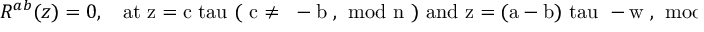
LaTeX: { \cal R } ^ { a b } ( z ) = 0 , ~ ~ ~ ~ \mathrm { a t ~ z = c \ t a u ~ ( ~ c \neq ~ - b ~ , ~ m o d ~ n ~ ) ~ a n d ~ z = ( a - b ) \ t a u ~ - w ~ , ~ m o d ~ \Lambda _ { n \ t a u } ~ } .